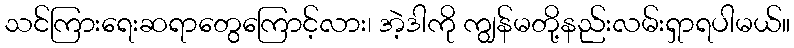
သင်ကြားရေးဆရာတွေကြောင့်လား၊ အဲ့ဒါကို ကျွန်မတို့နည်းလမ်းရှာရပါမယ်။